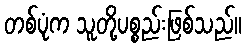
တစ်ပုံက သူတို့ပစ္စည်းဖြစ်သည်။